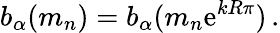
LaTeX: b_{\alpha}(m_{n})=b_{\alpha}(m_{n}\mathrm{e}^{kR\pi})\, .